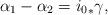
LaTeX: \begin{align*}\alpha_1 - \alpha_2 = {i_0}_* \gamma, \end{align*}